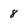
Character: 8